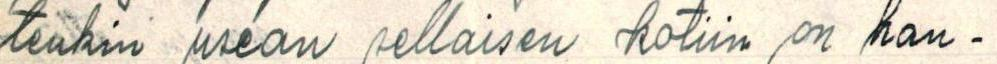
tenkin usean sellaisen kotiin on han-